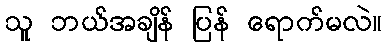
သူ ဘယ်အချိန် ပြန် ရောက်မလဲ။